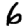
Digit: 6